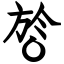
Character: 㫈